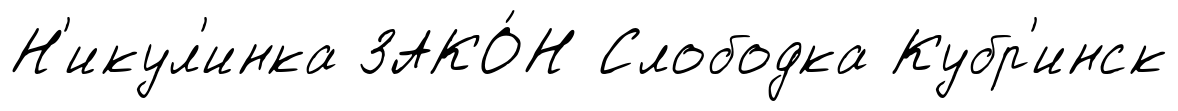
Н'икул'инка ЗАКО́Н Слободка Кубр'инск